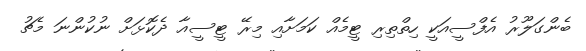
ބެންގަލޫރު އެފްސީއަކީ ހިތްތިރި ޓީމެއް ކަމަށާއި މިރޭ ޓީސީއާ ދެކޮޅަށް ނުކުންނަ މެޗު